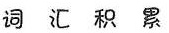
词 汇 积 累